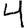
Digit: 4